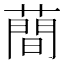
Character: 蕳